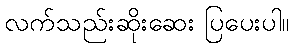
လက်သည်းဆိုးဆေး ပြပေးပါ။